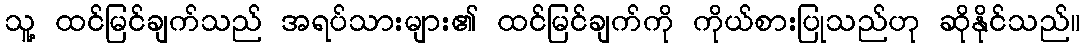
သူ့ ထင်မြင်ချက်သည် အရပ်သားများ၏ ထင်မြင်ချက်ကို ကိုယ်စားပြုသည်ဟု ဆိုနိုင်သည်။